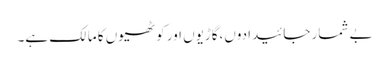
بے شمار جائیدادوں،گاڑیوں اور کوٹھیوں کا مالک ہے۔